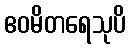
ဧဝမိတရေသုပိ